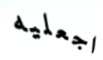
اجعليه